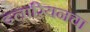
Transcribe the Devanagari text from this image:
इलारियनचा